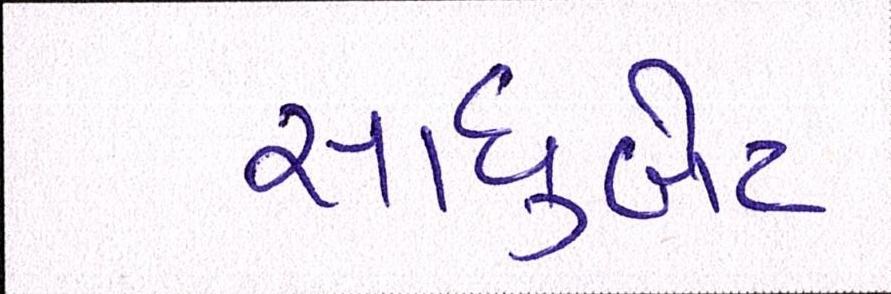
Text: સાધુબેટ